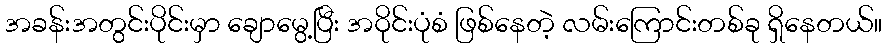
အခန်းအတွင်းပိုင်းမှာ ချောမွေ့ပြီး အဝိုင်းပုံစံ ဖြစ်နေတဲ့ လမ်းကြောင်းတစ်ခု ရှိနေတယ်။